Scottish Certificate of Education, 1963
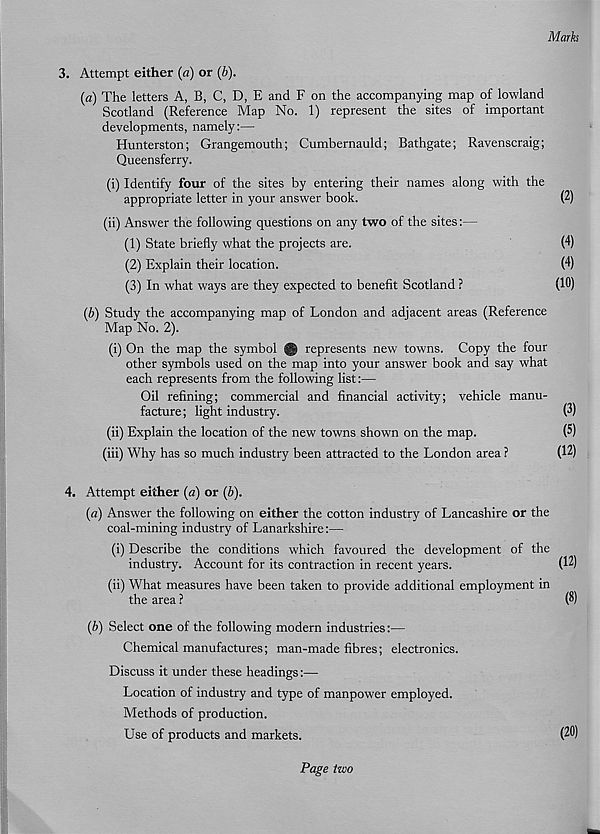
Marks
3. Attempt either (a) or (b).
(a) The letters A, B, C, D, E and F on the accompanying map of lowland
Scotland (Reference Map No. 1) represent the sites of important
developments, namely:—
Hunterston; Grangemouth; Cumbernauld; Bathgate; Ravenscraig;
Queensferry.
(i) Identify four of the sites by entering their names along with the
appropriate letter in your answer book.
(2)
(ii) Answer the following questions on any two of the sites:—
(1) State briefly what the projects are.
(4)
(2) Explain their location.
(4)
(3) In what ways are they expected to benefit Scotland ?
(10)
(b) Study the accompanying map of London and adjacent areas (Reference
Map No. 2).
(i) On the map the symbol © represents new towns. Copy the four
other symbols used on the map into your answer book and say what
each represents from the following list:—
Oil refining; commercial and financial activity; vehicle manu-
facture ; light industry.
(2)
(ii) Explain the location of the new towns shown on the map.
(5)
(iii) Why has so much industry been attracted to the London area ?
(12)
4. Attempt either (a) or (b).
(a) Answer the following on either the cotton industry of Lancashire or the
coal-mining industry of Lanarkshire:—
(i) Describe the conditions which favoured the development of the
industry. Account for its contraction in recent years.
(12)
(ii) What measures have been taken to provide additional employment in
the area ?
(2)
(b) Select one of the following modern industries:—
Chemical manufactures; man-made fibres; electronics.
Discuss it under these headings:—
Location of industry and type of manpower employed.
Methods of production.
Use of products and markets.
(20)
Page two